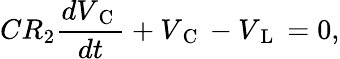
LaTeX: CR_{2}\frac{dV_{\mathrm{~C~}}}{dt}+V_{\mathrm{~C~}}-V_{\mathrm{~L~}}=0,